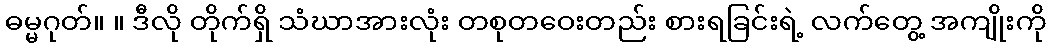
ဓမ္မဂုတ်။ ။ ဒီလို တိုက်ရှိ သံဃာအားလုံး တစုတဝေးတည်း စားရခြင်းရဲ့ လက်တွေ့ အကျိုးကို